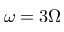
\omega = 3 \Omega